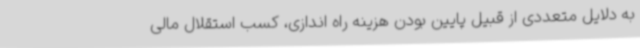
به دلایل متعددی از قبیل پایین بودن هزینه راه اندازی، کسب استقلال مالی